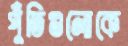
পুঁতিগুলোকে